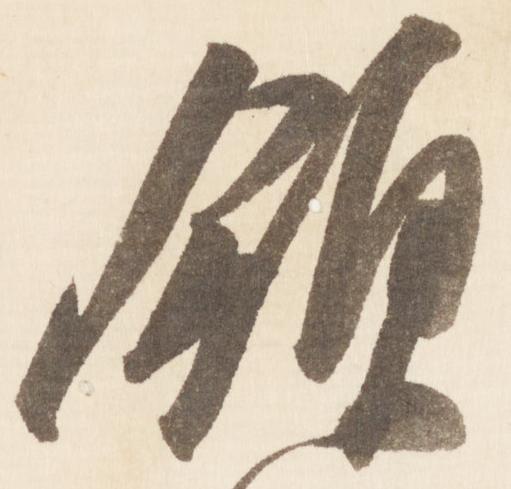
領